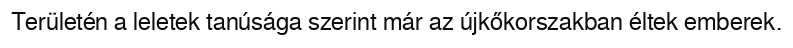
Területén a leletek tanúsága szerint már az újkőkorszakban éltek emberek.